Vaccination in the Punjab 1919-1929 - 1919-1929
Year: 1919
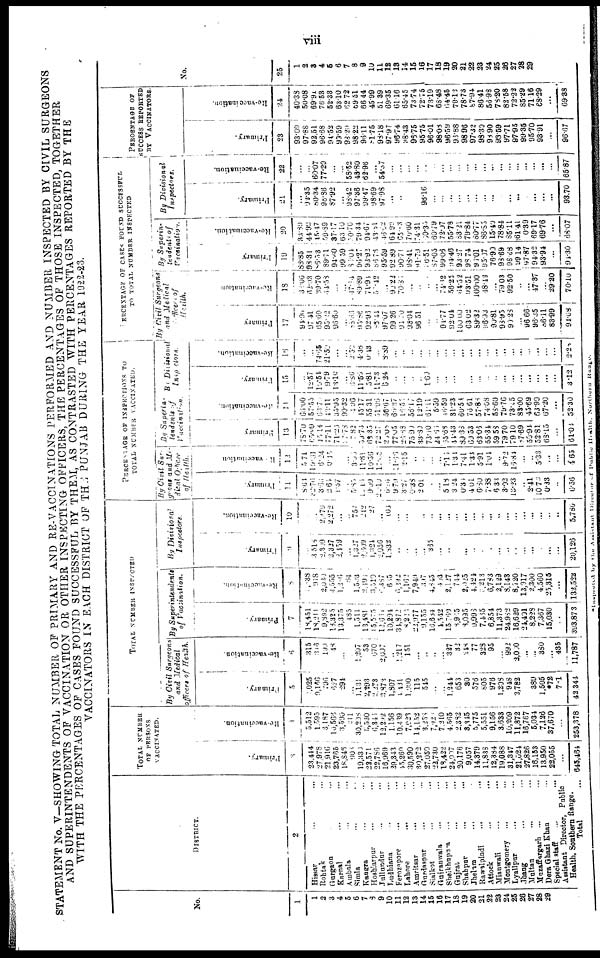
viii
STATEMENT No. V—SHOWING TOTAL NUMBER OF PRIMARY AND RE-VACCINATIONS PERFORMED AND NUMBER INSPECTED BY CIVIL SURGEONS
AND SUPERINTENDENTS OF VACCINATION OR OTHER INSPECTING OFFICERS, THE PERCENTAGES OF THOSE INSPECTED, TOGETHER
WITH THE PERCENTAGES OF CASES FOUND SUCCESSFUL BY THEM, AS CONTRASTED WITH PERCENTAGES REPORTED BY THE
VACCINATORS IN EACH DISTRICT OF THE PUNJAB DURING THE YEAR 1922-23.
No.
1
1
2
3
4
5
6
7
8
9
10
11
12
13
14
15
16
17
18
19
20
21
22
23
24
25
26
27
28
29
DISTRICT.
2
Hissar ... ...
Rohtak ... ...
Gurgaon ... ...
Karnal ... ...
Ambala ... ...
Simla ... ...
Kangra ... ...
Hoshiarpur ... ...
Jullundur ... ...
Ludhiana ... ...
Ferozepore ... ...
Lahore ... ...
Amritsar ... ...
Gurdaspur ... ...
Sialkot ... ...
Gujranwala ... ...
Sheikhupura ... ...
Gujrat ... ...
Shahpur ... ...
Jhelum ... ...
Rawalpindi ... ...
Attock ... ...
Mianwali ... ...
Montgomery ... ...
Lyallpur ... ...
Jhang ... ...
Multan ... ...
Muzaffargarh ... ...
Dera Ghazi Khan ... ...
Special staff ...
Assistant Director, Public
Health, Southern Range. ...
Total ...
TOTAL NUMBER
OF PERSONS
VACCINATED.
Primary.
3
23,444
27,978
21,916
23,765
18,846
906
19,330
22,571
22,786
16,969
29,343
45,260
30,590
30,272
27,050
22,730
18,422
24,007
20,176
9,057
14,379
11,838
12,384
19,088
31,347
21,024
27,826
16,153
13,950
22,055
...
645,464
Re-vaccination.
4
5,512
1,595
3,187
10,566
3,590
211
30,298
5,530
6,346
12,292
1,156
10,439
7,023
14,152
3,258
7,928
7,210
4,565
2,382
3,345
5,775
5,551
9,156
3,633
10,209
11,872
16,767
5,034
7,126
37,670
...
253,378
TOTAL NUMBER INSPECTED
By Civil Surgeons
and Medical
officers of Health.
Primary.
5
1,025
9,156
796
627
294
...
1,131
2,293
2,273
3,872
1,807
1,431
1,000
115
545
...
...
1,244
653
30
576
805
976
1,208
948
2,782
...
389
1,505
*72
711
42,344
Re-vaccination.
6
315
316
194
48
...
...
1,207
53
670
2,097
...
1,217
151
...
...
...
...
327
32
248
77
328
95
...
992
2,000
...
...
380
...
435
11,787
By Superintendents
of Vaccination.
Primary.
7
18,451
18,211
9,892
18,325
13,375
485
1,511
13,481
15,575
12,664
10,294
34,872
8,226
22,977
9,155
16,684
4,542
15,769
8,945
3,095
9,993
7,465
6,854
11,373
24,982
16,629
24,401
8,228
7,367
15,030
393,873
Re-vaccination.
8
1,038
918
2,030J
4,555
1,286
84
1,503
3,490
3,510
6,387
63
6,292
1,162
7,949
397
4,845
403
2,127
744
2,025
4,424
3,213
6,783
2,129
8,143
8,720
13,917
2,300
4,560
25,315
...
132,522
By Divisional
Inspectors.
Primary.
9
... 3,516
2,309
2,327
2,459
...
1,327
2,609
1,324
2,056
1,832
...
...
...
...
365
...
...
...
...
...
...
...
...
...
...
...
...
...
...
...
20,126
Re-vaccination.
10
...
...
2,379
2,272
...
...
757
212
27
...
106
...
...
...
...
...
...
...
...
...
...
...
...
...
...
...
...
...
...
...
...
5,780
PERCENTAGE OF INSPECTIONS TO
TOTAL NUMBER VACCINATED.
By Civil Sur¬
geons and Me¬
dical Officer
of Health.
Primary.
11
8.61
32.76
3.65
2.64
1.57
...
5.85
10.15
9.99
20.10
6.16
9.79
3.27
0.38
2.01
...
...
5.18
3.24
0.38
4.01
6.80
7.88
6.33
3.02
13.23
...
2.41
10.70
0.33
...
6.56
Re-vaccination
12
5.71
19.81
6.24
0.45
...
...
3.55
11.81
10.56
17.66
...
11.66
2.15
...
...
...
...
7.15
1.34
7.41
1.33
5.91
1.04
...
9.72
16.84
...
..
5.33
...
...
4.65
By Superin¬
tendents of
Vaccination.
Primary
13
78.70
65.09
45.14
77.11
71.26
37.78
7.82
59.73
68.35
72.27
30.08
77.05
26.88
75.90
33.80
73.10
24.66
65.68
44.43
89.38
69.53
63.06
55.34
59.58
79.70
79.10
87.69
50.94
52.81
68.15
...
61.01
Re-vaccination.
14
66.00
57.55
63.70
43.11
35.95
90.32
4.36
45.17
55.31
51.95
56.67
60.27
16.57
56.17
12.19
61.11
5.59
46.59
31.23
60.54
76.61
57.86
74.08
58.60
79.76
73.45
83.00
45.69
63.99
67.20
...
52.30
By Divisional
Inspectors.
Primary.
15
...
12.57
16.54
9.79
13.10
...
6.86
11.56
5.81
11.73
6.24
...
...
...
...
1.60
...
...
...
...
...
...
...
...
...
...
...
...
...
...
...
3.12
Re-vaccination.
16
...
...
74.65
21.50
...
...
2.50
4.38
0.13
...
8.89
...
..
...
...
...
...
...
...
...
...
...
...
...
...
...
...
...
...
...
...
2.28
PERCENTAGE OF CASES FOUND SUCCESSFUL
TO TOTAL NUMBER INSPECTED.
By Civil Surgeons
and Medical
Officers of
Health.
Primary
17
94.96
97.41
65.60
95.22
96.60
...
88.66
95.56
92.96
86.44
97.07
99.26
94.70
93.04
96.51
...
...
94.77
92.04
100.00
63.02
89.32
96.93
90.81
93.95
90.28
...
96.66
96.35
86.11
83.99
94.08
Re-vaccination.
18
32.06
62.03
39.70
34.58
...
...
47.14
89.89
71.94
51.42
...
90.22
70.86
...
...
...
...
74.12
56.25
64.52
93.51
100.00
48.43
...
79.03
92.50
...
...
47.87
...
29.20
70.10
By Superin¬
tendents of
Vaccination.
Primary.
19
88.85
98.31
86.53
89.71
94.60
99.59
86.04
96.27
93.92
86.78
95.59
92.89
90.71
98.41
91.79
56.51
87.05
99.06
94.46
93.27
98.74
96.01
95.07
76.90
98.69
98.68
99.14
97.87
94.32
93.94
...
94.30
Re-vaccination.
20
33.89
44.99
45.47
59.89
37.17
63.10
50.70
79.34
94.67
43.81
46.62
64.95
65.13
70.60
74.31
60.35
60.79
72.97
55.78
83.21
79.84
80.77
86.85
15.40
78.84
85.11
61.41
0.39
69.17
69.76
...
68.07
By Divisional
Inspectors.
Primary.
21
...
92.35
80.34
98.86
87.92
...
98.42
97.36
99.47
98.69
97.98
...
...
...
...
96.16
...
...
...
...
...
...
...
...
...
...
...
...
...
...
...
93.70
Re-vaccination.
22
...
...
60.07
77.20
...
...
58.52
43.80
62.96
...
54.57
...
...
...
...
...
...
...
...
...
...
...
...
...
...
...
...
...
...
...
...
65.87
PERCENTAGE OF
SUCCESS REPORTED
BY VACCINATORS.
Primary.
23
93.09
97.88
92.51
96.68
94.52
99.59
93.20
98.22
96.11
81.75
98.18
97.97
96.74
98.43
96.75
95.75
96.01
98.08
96.59
96.88
98.96
97.32
98.30
98.90
93.59
97.71
97.95
99.35
95.70
93.91
...
96.67
Re-vaccination.
24
40.38
50.08
69.91
76.53
52.33
63.10
62.72
69.51
66.44
45.99
51.39
69.35
61.16
65.45
73.74
72.75
73.19
68.48
64.45
79.12
78.73
87.94
86.41
56.98
78.20
82.58
72.22
85.29
71.16
68.29
...
69.38
No.
25
1
2
3
4
5
6
7
8
9
10
11
12
13
14
15
16
17
18
19
20
21
22
23
24
25
26
27
28
29
*Inspected by the Assistant Director of Public Health. Northern Range.